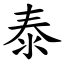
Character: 泰